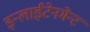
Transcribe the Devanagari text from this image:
इन्लाईटेनमेन्ट